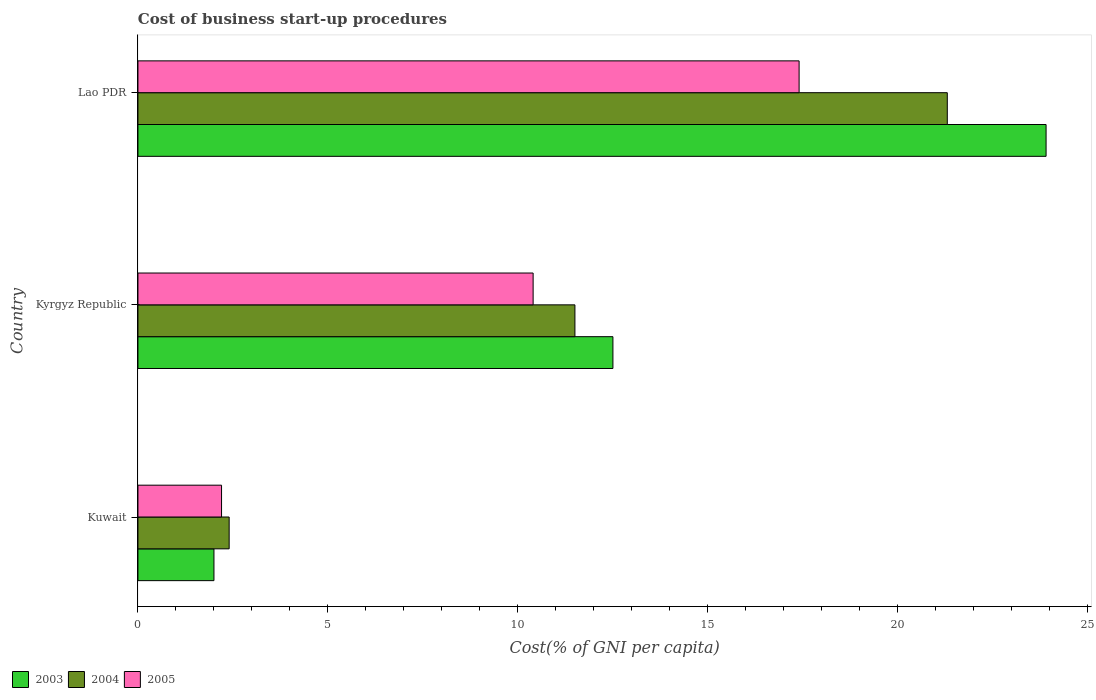
| Country | 2003 | 2004 | 2005 |
 | --- | --- | --- | --- |
 | Kuwait | 2 | 2.4 | 2.2 |
 | Kyrgyz Republic | 12.5 | 11.5 | 10.4 |
 | Lao PDR | 23.9 | 21.3 | 17.4 |